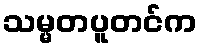
သမ္မတပူတင်က